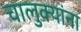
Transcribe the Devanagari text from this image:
चालुक्यांना